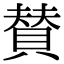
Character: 賛